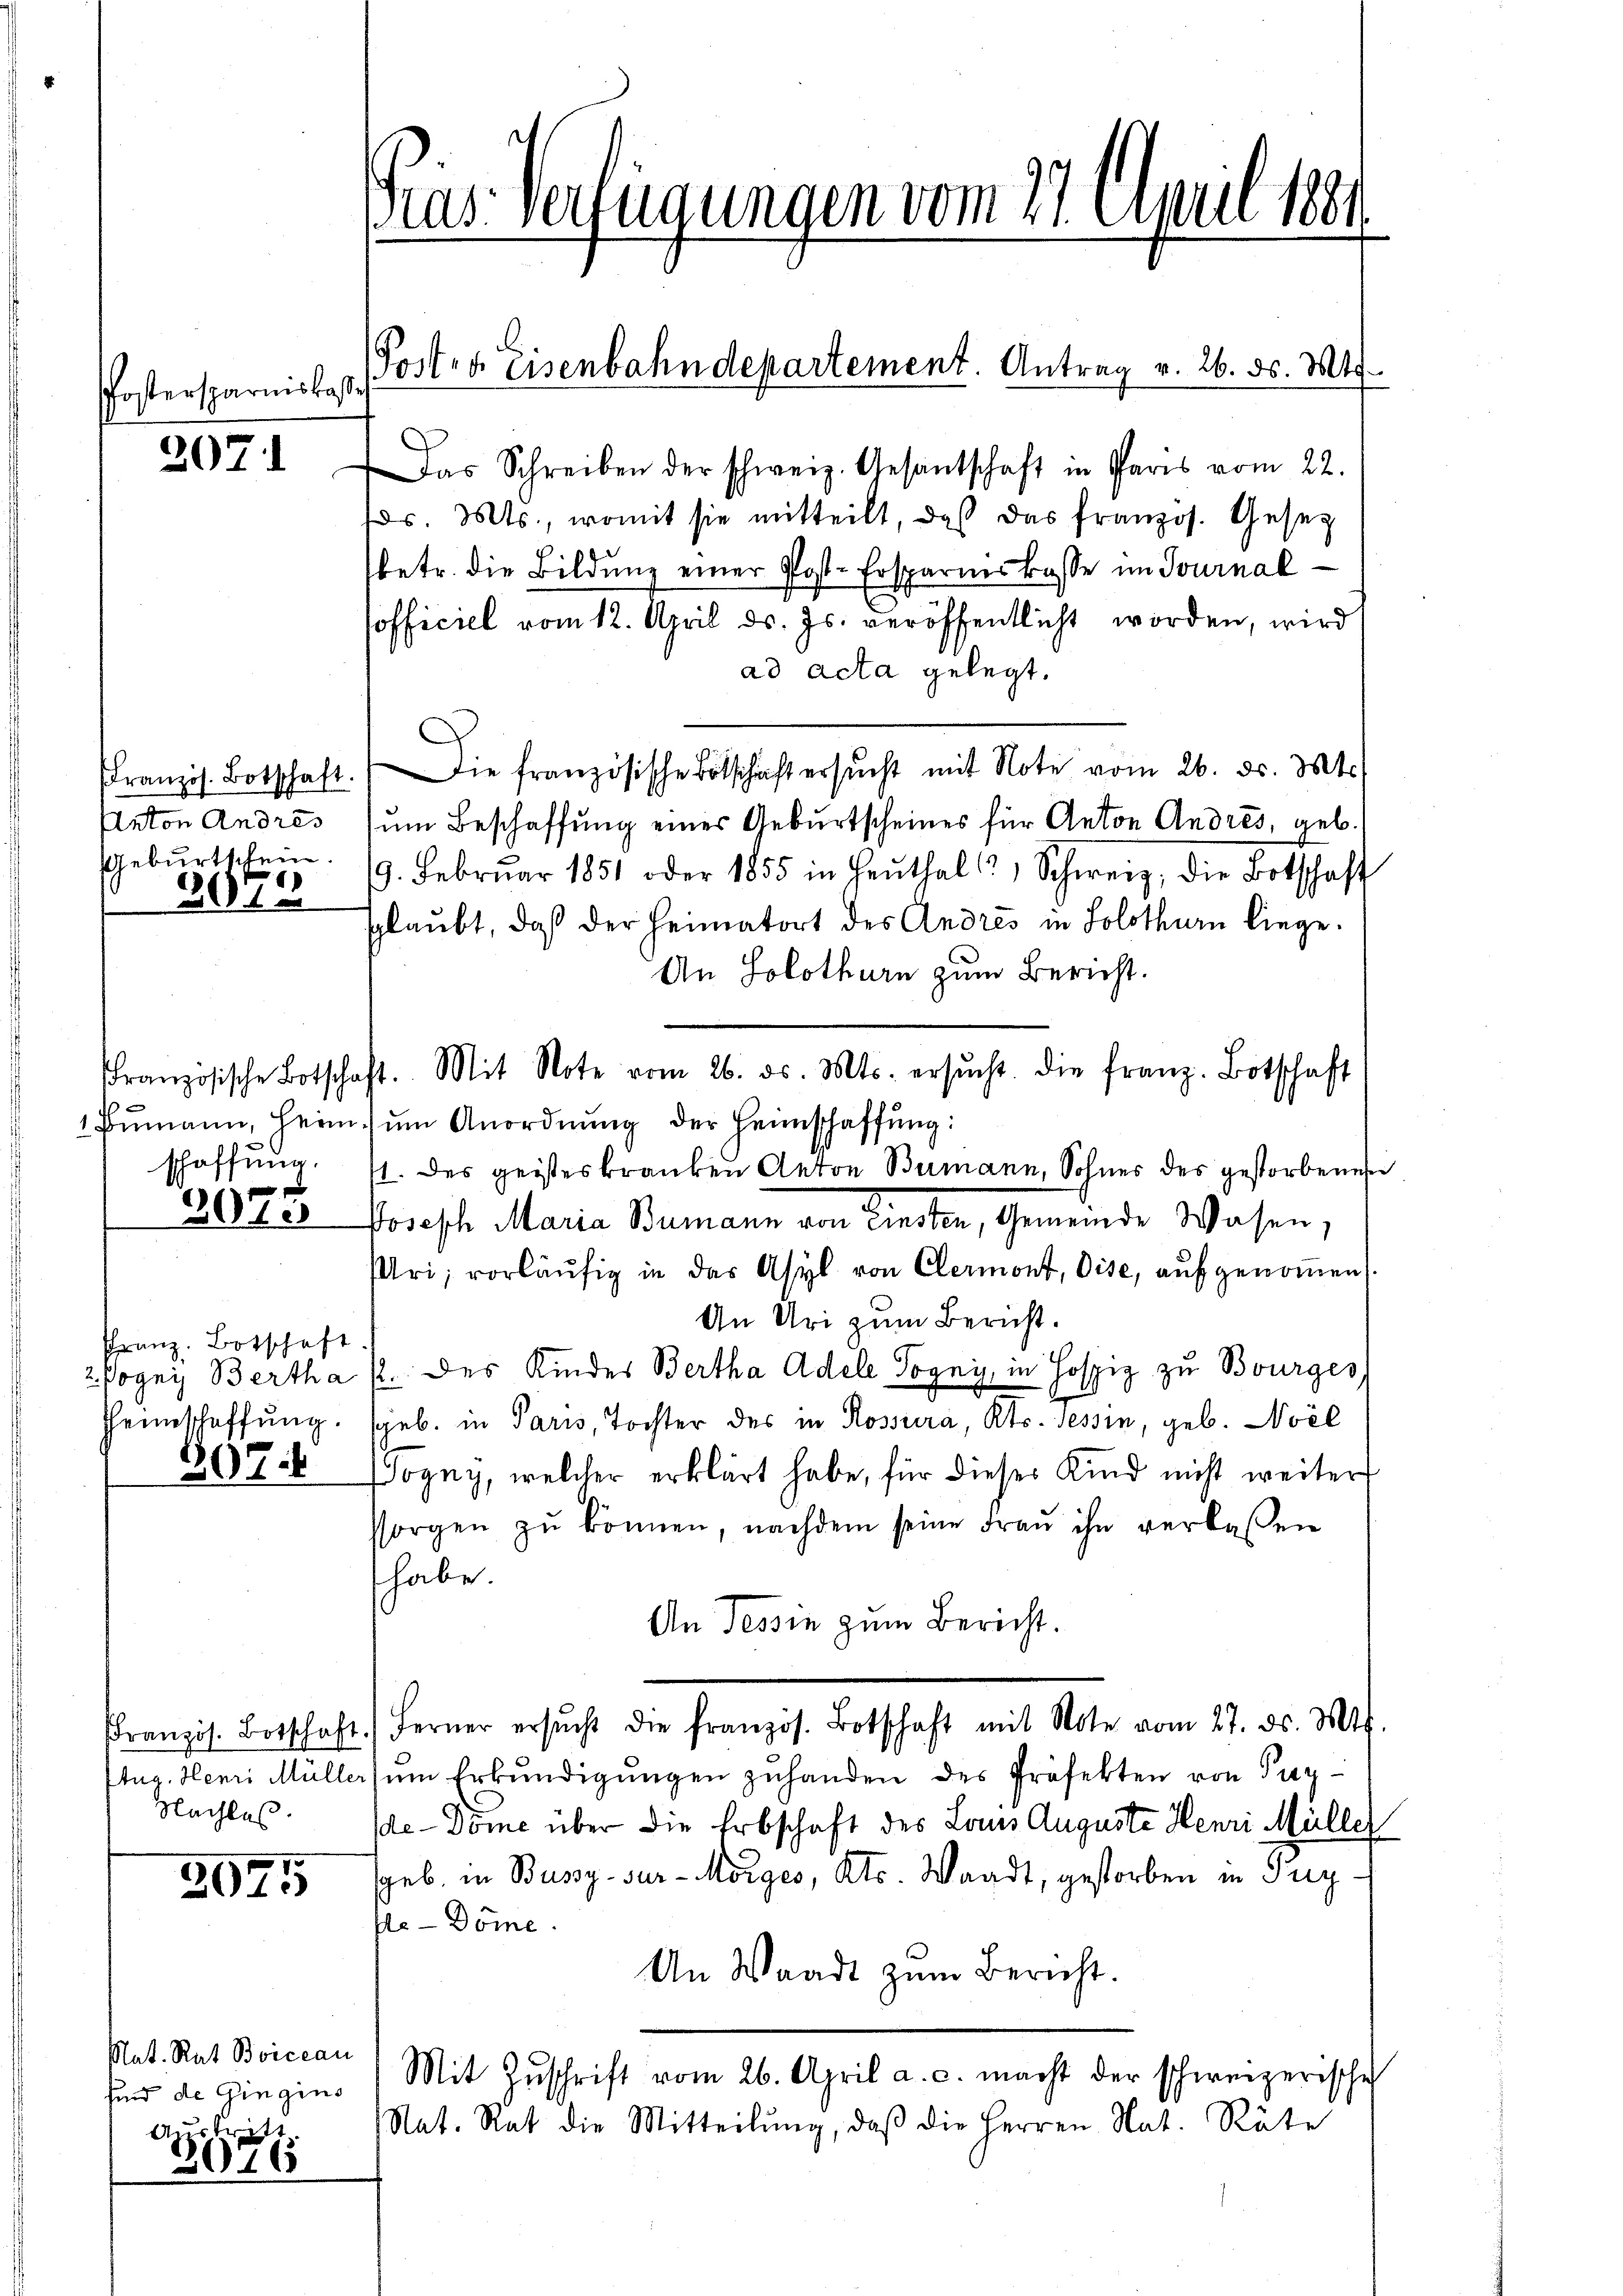
Postersparmskasse

2071

französ. Botschaft.
Anton Andres
Geburtschein.

3076

Französische Botscha
1 Bumann, Heim
schaffung.

2010

Franz. Botschaft
2. Pogni Bertha
Heimschaffung.

307.

Französ. Botschaft
Aug. Henri Müller
Nachlas

2075

Nat. Rat Boiccan
sind de Gingins
Austritt

2016

Gras Verfügungen vom 21. einen 1881.

Posten Eisenbahndepartement. Antrag v. 26. ds. Mts.

Das Schreiben der schweiz. Gesantschaft in Paris vom 22.
dr. Mts., womit sie mitteilt, daß das französ. Gesetz
betr. die Bildung einer Post-Ersparnerkasse im Journal
officiel vom 12. April ds. Js. veröffentlicht worden, wird
ad acta gelegt.
Die französische Botschaft ersŭcht mit Note vom 26. ds. Mts.
um Beschaffung einer Geburtscheines für Anton Andres, geb.
9. Febrŭar 1851 oder 1855 in heŭthal, Schweiz, die Botschaft
glaubt, daß der Heimatort des Andres in Solothurn liege.
An Solothurn zum Bericht.
1. Mit Note vom 26. ds. Mts. ersŭcht. Die franz. Botschaft
ŭm Anordnŭng der Heimschaffŭng:
1. des geisteskranken Anton Bumann, Sohnes des gestorbenen
Joseph Maria Bumann von einsten, Gemeinde Wasen,
Uri; vorläŭfig in das Asyl von Clermont, Dise, aufgenommen
An Uri zum Bericht.
2. des Kinder Bertha Adele Sogny, in Hospiz zu Bourges
geb. in Paris, Tochter des in Rossura, Kts. Tessin, geb. Novel
Sogny, welcher erklärt habe, für dieser Kind nicht weiter
sorgen zŭ können, nachdem seine Frau ihn verlassen
habe.
An Tessin zum Bericht.
Ferner ersŭcht die französ. Botschaft mit Note vom 27. ds. Mts.
ŭm Erkŭndigŭngen zuhanden des Präfekten von Tagde-Dome über die Erbschaft des Louis Auguste Henri Müller
geb. in Bussy ser-Morges, etc. Waadt, gestorben in Freye-Dome.
An Waadt zŭm Bericht.
Mit Zŭschrift vom 26. April a. c. macht der schweizerische
Nat. Rat die Mitteilŭng, daβ die Herren Nat. Räte